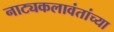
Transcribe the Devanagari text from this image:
नाट्यकलावंतांच्या